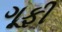
ગૂફી